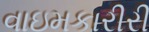
વાઇમકારીરી